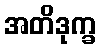
အတိဒုက္ခ